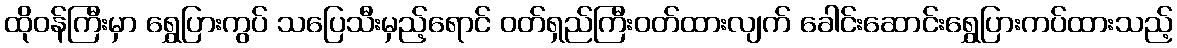
ထိုဝန်ကြီးမှာ ရွှေပြားကွပ် သပြေသီးမှည့်ရောင် ဝတ်ရှည်ကြီးဝတ်ထားလျက် ခေါင်းဆောင်းရွှေပြားကပ်ထားသည့်